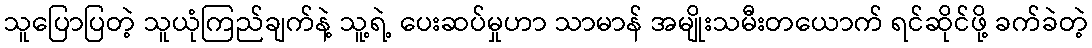
သူပြောပြတဲ့ သူယုံကြည်ချက်နဲ့ သူ့ရဲ့ ပေးဆပ်မှုဟာ သာမာန် အမျိုးသမီးတယောက် ရင်ဆိုင်ဖို့ ခက်ခဲတဲ့